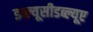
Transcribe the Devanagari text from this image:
डब्ल्यूसीडब्ल्यूए